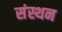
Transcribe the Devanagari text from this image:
संस्थन